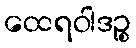
ထေရဝါဒဉ္စ